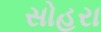
સોહરા